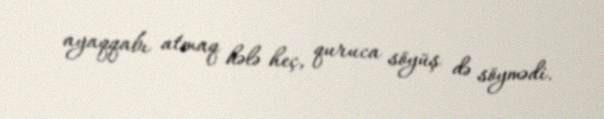
ayaqqabı atmaq hələ heç, quruca söyüş də söymədi.